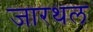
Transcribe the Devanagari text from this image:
जारथल